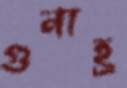
গুনাহ্র